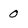
Character: 0